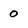
Character: 0